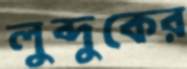
লুব্দুকের